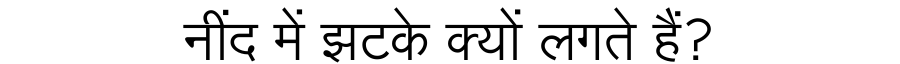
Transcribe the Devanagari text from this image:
नींद में झटके क्यों लगते हैं?